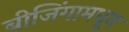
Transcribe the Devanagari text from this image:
बीजिंगामधून